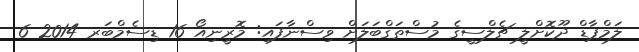
ލަމްޕާޑް ދޫކޮށްލީ ޗެލްސީގެ މުސްތަގްބަލަށް ވިސްނާފައި: މޮރީނިއޯ 16 ޑިސެމްބަރ 2014 6